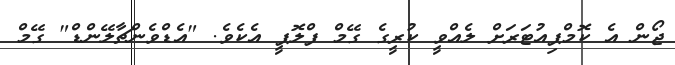
ޖޯން އެ ކޮމްޕިއުޓަރަށް ލެއްވީ ކުރީގެ ގޭމް ފްލޮޕީ އެކެވެ. "އެޑްވެންޗާލޭންޑް" ގޭމް